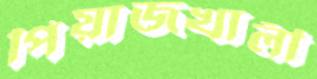
পিয়াজখালী